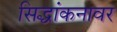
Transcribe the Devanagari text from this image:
सिद्धांकनावर